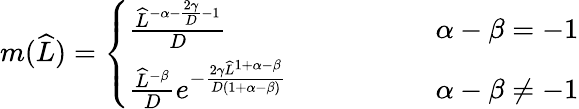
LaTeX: \begin{array}{r}{m(\widehat{L})=\left\{ \begin{array}{ll}{\frac{\widehat{L}^{-\alpha-\frac{2\gamma}{D}-1}}{D}\qquad\qquad}&{\ \alpha-\beta=-1}\\ {\frac{\widehat{L}^{-\beta}}{D}e^{-\frac{2\gamma\widehat{L}^{1+\alpha-\beta}}{D(1+\alpha-\beta)}}\qquad\qquad}&{\ \alpha-\beta\neq-1}\end{array}\right.}\end{array}